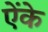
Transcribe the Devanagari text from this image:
ऐंके